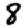
Digit: 8